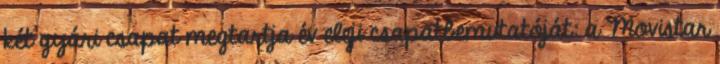
két gyári csapat megtartja év eleji csapatbemutatóját: a Movistar